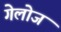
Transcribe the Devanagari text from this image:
गेलोज